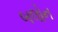
બલોન